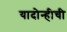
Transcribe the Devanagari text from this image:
यादोन्हीची